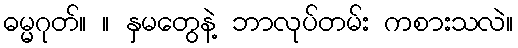
ဓမ္မဂုတ်။ ။ နှမတွေနဲ့ ဘာလုပ်တမ်း ကစားသလဲ။